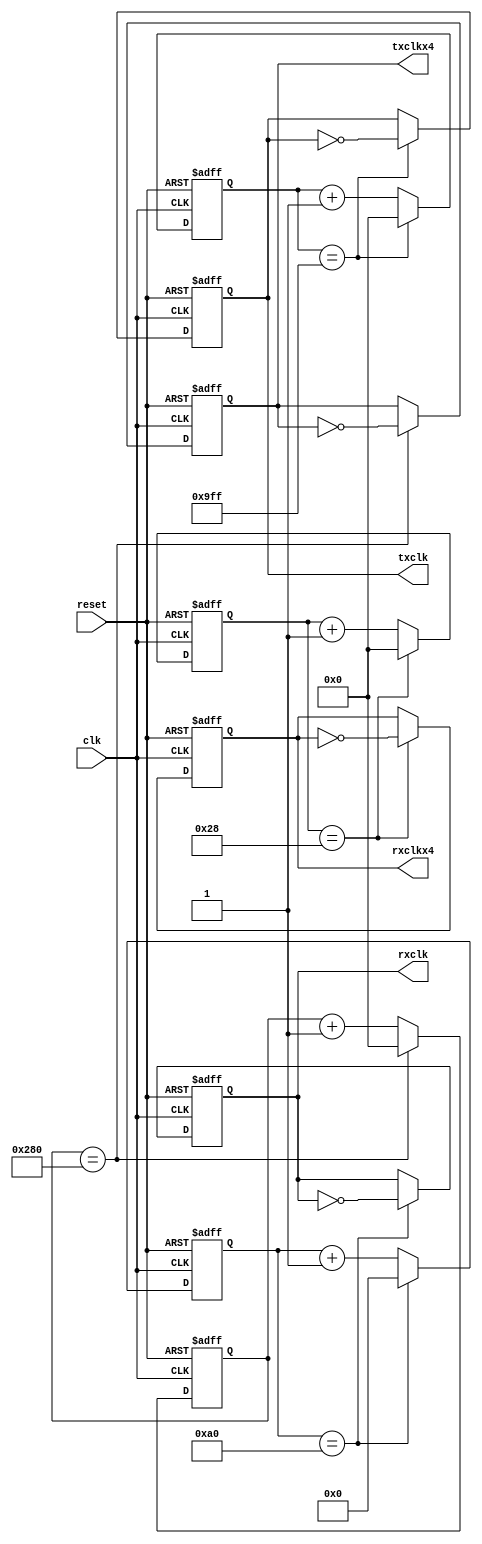
module baudrate_generate(clk,reset,txclk,rxclk,txclkx4,rxclkx4);
input clk;
input reset;
output reg txclk;
output reg rxclk;
output reg txclkx4;
output reg rxclkx4;
//clk=49.152MHz
//baud_rate=9600
//txclk=49.152MHz/(2*9600)=2560
//we use calc.exe to check 2560 need 12bits.
//parameter CNT_TXCLK=12'd2560;
parameter CNT_TXCLK=12'd2559;
reg [11:0] cnt4txclk;
//txclkx4=49.152MHz/(2*9600*4)=640
parameter CNT_TXCLKx4=12'd640;
reg [11:0] cnt4txclkx4;

//we use 16x oversample
//rxclk=49.152MHz/(2*9600*16)=160
//we use calc.exe to check 160 needs 8bits to 
parameter CNT_RXCLK=8'd160;
reg [7:0] cnt4rxclk;
//rxclkx4=49.152MHz/(2*9600*16*4)=40
parameter CNT_RXCLKx4=8'd40;
reg [11:0] cnt4rxclkx4;


//generate tx clock.
always@(posedge clk or posedge reset)
begin
	if(reset)
		begin
			txclk<=0;
			cnt4txclk<=12'd0;
		end
	else
		if(cnt4txclk==CNT_TXCLK)
			begin
				txclk<=~txclk;
				cnt4txclk<=12'd0;
			end
		else
			cnt4txclk<=cnt4txclk+1'b1;
end

//generate rx clock.
always@(posedge clk or posedge reset)
begin
	if(reset)
		begin
			rxclk<=0;
			cnt4rxclk<=8'd0;
		end
	else
		if(cnt4rxclk==CNT_RXCLK)
			begin
				rxclk<=~rxclk;
				cnt4rxclk<=8'd0;
			end
		else
			cnt4rxclk<=cnt4rxclk+1'b1;
end

//generate txclkx4 clock.
always@(posedge clk or posedge reset)
begin
	if(reset)
		begin
			txclkx4<=0;
			cnt4txclkx4<=8'd0;
		end
	else
		if(cnt4txclkx4==CNT_TXCLKx4)
			begin
				txclkx4<=~txclkx4;
				cnt4txclkx4<=8'd0;
			end
		else
			cnt4txclkx4<=cnt4txclkx4+1'b1;
end

//generate rxclkx4 clock.
always@(posedge clk or posedge reset)
begin
	if(reset)
		begin
			rxclkx4<=0;
			cnt4rxclkx4<=8'd0;
		end
	else
		if(cnt4rxclkx4==CNT_RXCLKx4)
			begin
				rxclkx4<=~rxclkx4;
				cnt4rxclkx4<=8'd0;
			end
		else
			cnt4rxclkx4<=cnt4rxclkx4+1'b1;
end
endmodule